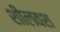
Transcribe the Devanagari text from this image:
शीलवश